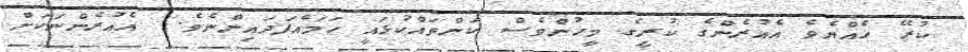
ކުރޭ ހެއްޔެވެ އެއުރެންގެ ކުރީގެ މީހުންވެސް ކަންތައްކުޅައީ ހަމައެފަދައިންނެވެ.  އެއުރެންނަކަށް